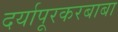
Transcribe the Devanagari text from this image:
दर्यापूरकरबाबा